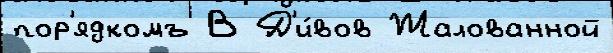
пор'ядкомъ В Д'и́вов Жалованной